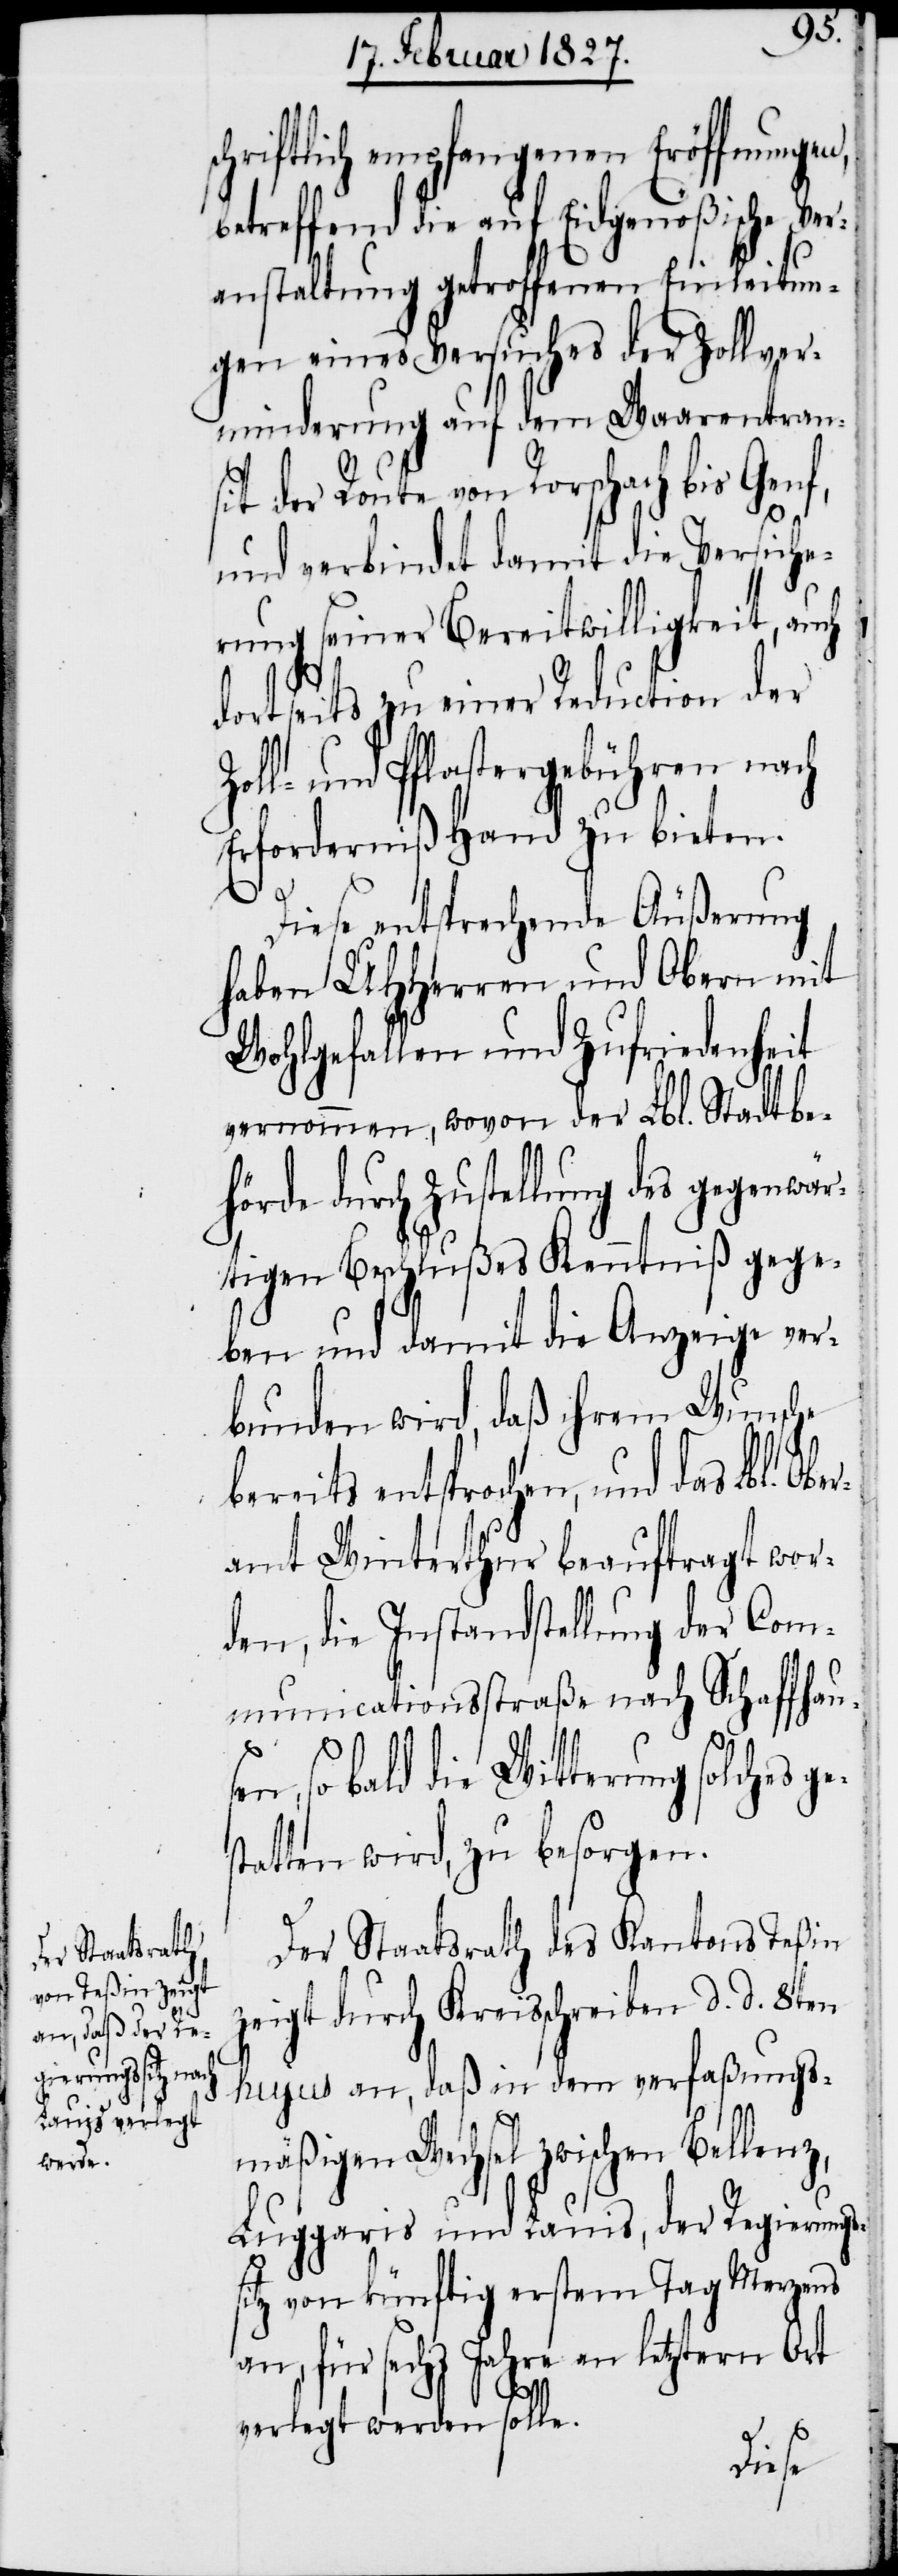
schriftlich empfangenen Eröffnungen,
betreffend die auf Eidgenößische Ve¬
ranstaltung getroffenen Einleitun¬
gen eines Versuches der Zollver¬
minderung auf dem Waarentran¬
sit der Route von Rorschach bis Genf,
und verbindet damit die Versiche¬
rung seiner Bereitwilligkeit, auch
dortseits zu einer Reduction der
l- und Pflastergebühren nach
Erforderniß Hand zu bieten.
Diese entsprechende Äußerung
haben UHHerren und Obern mit
Wohlgefallen und Zufriedenheit
vernommen, wovon der Lbl. Stadtbe¬
hörde durch Zustellung des gegenwä¬
rtigen Beschlußes Kenntniß gege¬
ben und damit die Anzeige ver¬
bunden wird, daß ihrem Wunsche
bereits entsprochen, und das Lbl.
amt Winterthur beauftragt wor¬
den, die Instandstellung der Com¬
municationsstraße nach Schaffhaus¬
en, so bald die Witterung solches ge¬
statten wird, zu besorgen.
Der Staatsrath des Kantons Teßin
zeigt durch Kreisschreiben d. d. 8ten
hujus an, daß in dem verfaßungs¬
mäßigen Wechsel zwischen Bellenz,
Luggaris und Lauis, der Regierungs¬
sitz von künftig ersten Tag Merzens
an, für sechse Jahre an letztern Ort
Ober¬
verlegt werden solle.